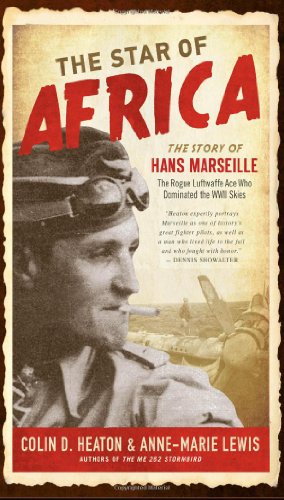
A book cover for The Star of Africa: The Story of Hans Marseille, the Rogue Luftwaffe Ace Who Dominated the WWII Skies; Colin D. Heaton; History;